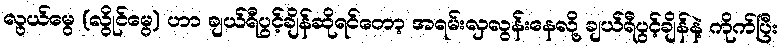
လွယ်မွေ (လွိုင်မွေ) ဟာ ချယ်ရီပွင့်ချိန်ဆိုရင်တော့ အရမ်းလှလွန်းနေလို့ ချယ်ရီပွင့်ချိန်နဲ့ ကိုက်ပြီး